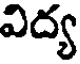
విద్య